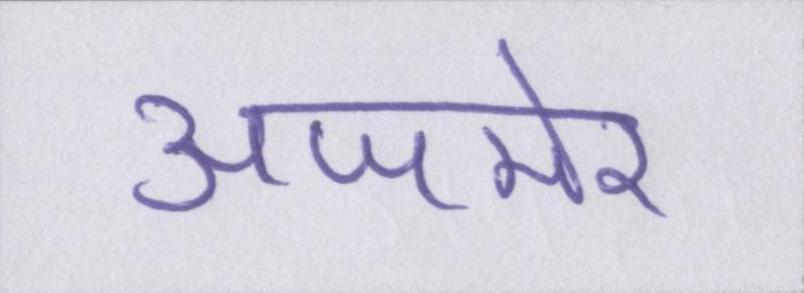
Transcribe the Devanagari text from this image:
अजमेर